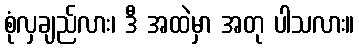
စုံလှချည်လား၊ ဒီ အထဲမှာ အတု ပါသလား။